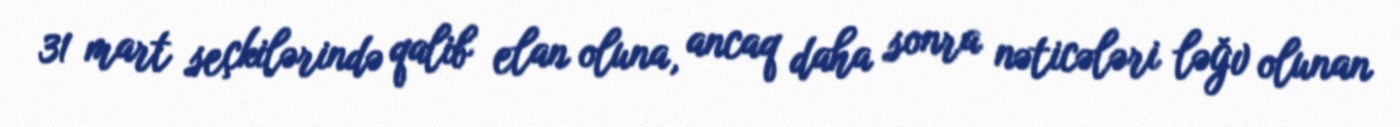
31 mart seçkilərində qalib elan oluna, ancaq daha sonra nəticələri ləğv olunan